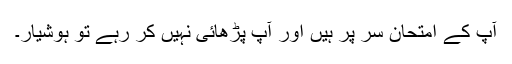
آپ کے امتحان سر پر ہیں اور آپ پڑھائی نہیں کر رہے تو ہوشیار۔